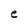
Character: e